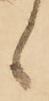
候